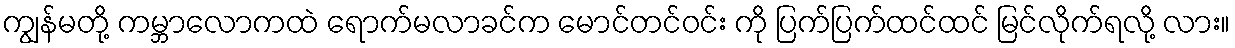
ကျွန်မတို့ ကမ္ဘာလောကထဲ ရောက်မလာခင်က မောင်တင်ဝင်း ကို ပြက်ပြက်ထင်ထင် မြင်လိုက်ရလို့ လား။